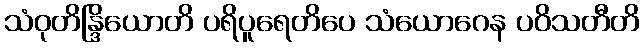
သံဝုတိန္ဒြိယောတိ ပရိပူရေတိပေ သံယောဂေန ပဝိသတီတိ